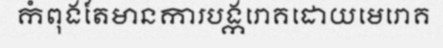
កំពុងតែមានការបង្ករោគដោយមេរោគ